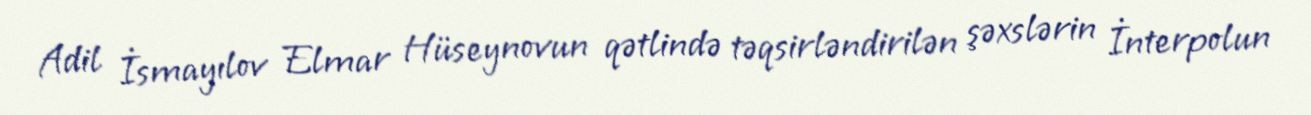
Adil İsmayılov Elmar Hüseynovun qətlində təqsirləndirilən şəxslərin İnterpolun